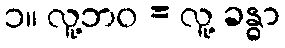
၁။ လူ့ဘဝ = လူ့ ခန္ဓာ